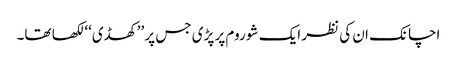
اچانک ان کی نظر ایک شو روم پر پڑی جس پر ’’کھڈی‘‘ لکھا تھا۔